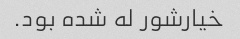
خیارشور له شده بود.